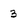
Character: 3